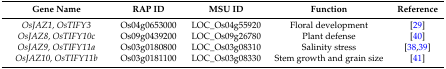
<table><thead><tr><td><b>Gene Name</b></td><td><b>RAP ID</b></td><td><b>MSU ID</b></td><td><b>Function</b></td><td><b>Reference</b></td></tr></thead><tbody><tr><td><i>OsJAZ1, OsTIFY3</i></td><td>Os04g0653000</td><td>LOC_Os04g55920</td><td>Floral development</td><td>[29]</td></tr><tr><td><i>OsJAZ8, OsTIFY10c</i></td><td>Os09g0439200</td><td>LOC_Os09g26780</td><td>Plant defense</td><td>[40]</td></tr><tr><td><i>OsJAZ9, OsTIFY11a</i></td><td>Os03g0180800</td><td>LOC_Os03g08310</td><td>Salinity stress</td><td>[38,39]</td></tr><tr><td><i>OsJAZ10, OsTIFY11b</i></td><td>Os03g0181100</td><td>LOC_Os03g08330</td><td>Stem growth and grain size</td><td>[41]</td></tr></tbody></table>